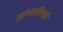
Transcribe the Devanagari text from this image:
ह्यांच्याविषयी